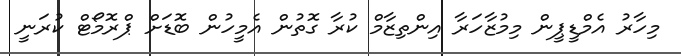
މިހާރު އެމްޑީޕީން މިމުޒާހަރާ އިންތިޒާމް ކުރާ ގޮތުން އެމީހުން ބޮޑަށް ޕްރޮމޯޓް ކުރަނީ